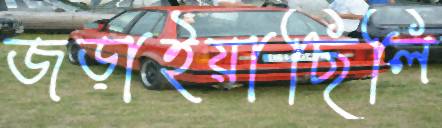
জড়াইয়াছিলি